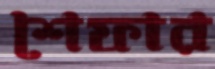
শেফার